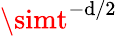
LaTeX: \simt^{-\mathrm{d}/2}